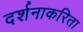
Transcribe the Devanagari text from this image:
दर्शनाकरिता